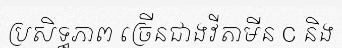
ប្រសិទ្ធភាព ច្រើនជាងវីតាមីន C និង